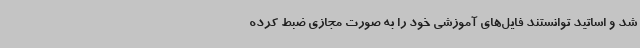
شد و اساتید توانستند فایل‌های آموزشی خود را به صورت مجازی ضبط کرده